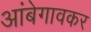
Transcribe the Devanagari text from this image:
आंबेगावकर